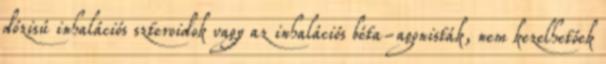
dózisú inhalációs szteroidok vagy az inhalációs béta-agonisták, nem kezelhetőek